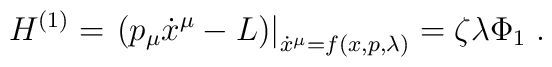
H^{(1)}=\left. \left( p_{\mu }\dot{x}^{\mu }-L\right) \right| _{\dot{x}^{\mu}=f(x,p,\lambda )}=\zeta \lambda \Phi _{1}\;.